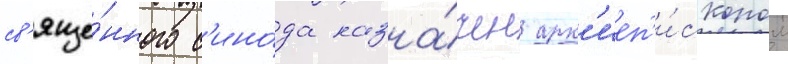
св'яще́нного с'ино́да назна́чен арх'иеп'и́скопом